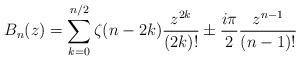
LaTeX: \begin{align*}B_n(z) = \sum_{k=0}^{n/2} \zeta(n-2k) \frac{z^{2k}}{(2k)!} \pm\frac{i \pi}{2} \frac{z^{n-1}}{(n-1)!}\end{align*}